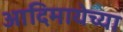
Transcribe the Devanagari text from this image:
आदिमायेच्या